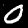
Digit: 0